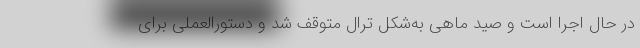
در حال اجرا است و صید ماهی به‌شکل ترال متوقف شد و دستورالعملی برای